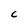
Character: C